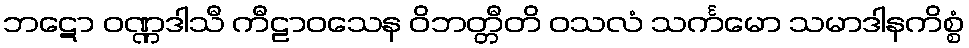
ဘဋော ဝဏ္ဏဒါသီ ကီဠာဝသေန ဝိဘတ္တီတိ ဝသလံ သင်္ကမော သမာဒါနကိစ္စံ